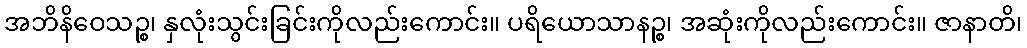
အဘိနိဝေသဉ္စ၊ နှလုံးသွင်းခြင်းကိုလည်းကောင်း။ ပရိယောသာနဉ္စ၊ အဆုံးကိုလည်းကောင်း။ ဇာနာတိ၊